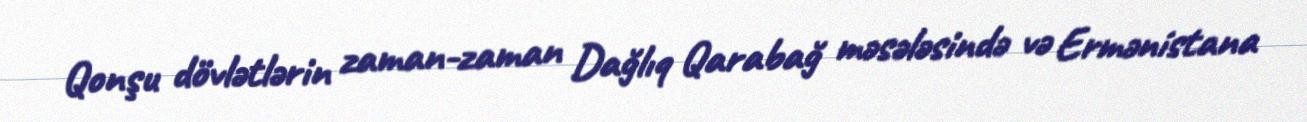
Qonşu dövlətlərin zaman-zaman Dağlıq Qarabağ məsələsində və Ermənistana